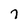
Character: 7